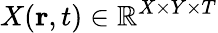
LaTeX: X(\mathbf{r},t)\in\mathbb{R}^{X\times Y\times T}